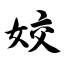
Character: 姣